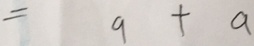
= 9 + a